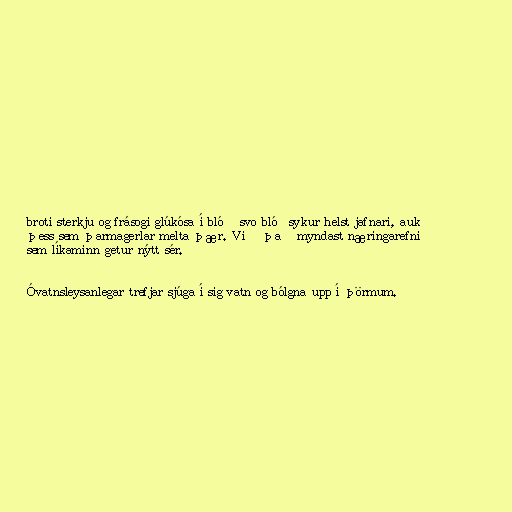
broti sterkju og frásogi glúkósa í blóð svo blóðsykur helst jafnari, auk
þess sem þarmagerlar melta þær. Við það myndast næringarefni
sem líkaminn getur nýtt sér.

Óvatnsleysanlegar trefjar sjúga í sig vatn og bólgna upp í þörmum.